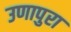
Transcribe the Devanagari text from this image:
उणापुरा